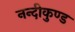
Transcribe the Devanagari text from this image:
नन्दीकुण्ड